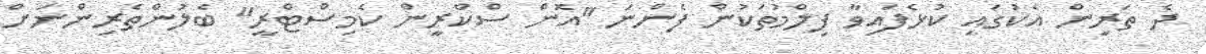
ދެ ތަރިން އެކުގައި ކުޅެފައިވާ ފިލްމުތަކުން ފެންނަ "އޮން ސްކްރީން ކެމިސްޓްރީ" ބެލުންތެރިންނަށް